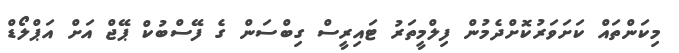
މިކަންތައް ކަށަވަރުކޮށްދެމުން ފިލްމީތަރު ޓައިރީސް ގިބްސަން ގެ ފޭސްބުކް ޕޭޖް އަށް އަޕްލޯޑް